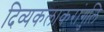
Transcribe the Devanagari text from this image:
दिव्यकलाकरांगुलि